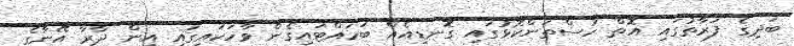
ބަދިގެ ފަރާތުގައި އޮތް ހުސްތަންކޮޅުގައި ގޮނޑިއެއް ބަހައްޓައިގެން ވާހަކައިގައި އިން ދާރާ އޭނާގެ